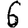
Digit: 6